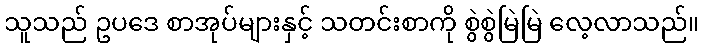
သူသည် ဥပဒေ စာအုပ်များနှင့် သတင်းစာကို စွဲစွဲမြဲမြဲ လေ့လာသည်။